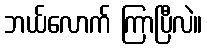
ဘယ်လောက် ကြာပြီလဲ။